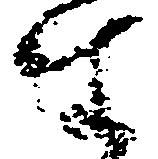
座